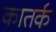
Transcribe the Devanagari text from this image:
कातर्क